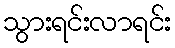
သွားရင်းလာရင်း